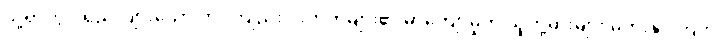
သို့ရာတွင် ရှည်လျားသော တင်ကျည်းဝါးတုတ်များ၏ မာကျောမှုကို သူတို့ဓားများ မတိုးနိုင်ကြဘဲ